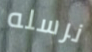
نرسله